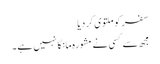
سفر کو ملتوی کردیا
مجھ سے کسی نے مشورہ مانگا نہیں ہے ۔